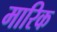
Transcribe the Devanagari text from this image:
मारिक